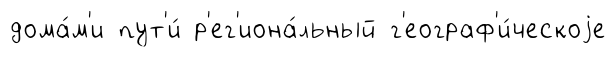
дома́м'и пут'и́ р'ег'иона́льный г'еограф'и́ческоjе